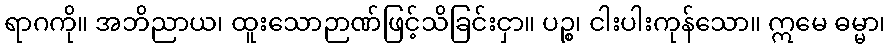
ရာဂကို။ အဘိညာယ၊ ထူးသောဉာဏ်ဖြင့်သိခြင်းငှာ။ ပဉ္စ၊ ငါးပါးကုန်သော။ ဣမေ ဓမ္မာ၊